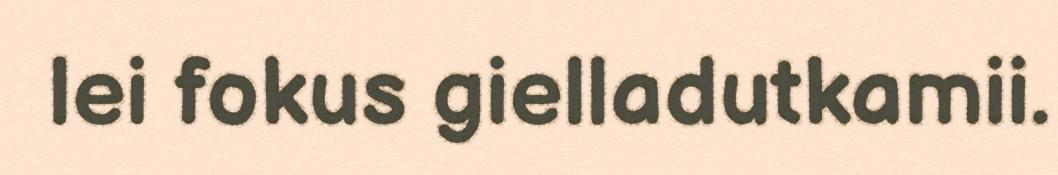
lei fokus gielladutkamii.